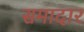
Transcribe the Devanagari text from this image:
समादार